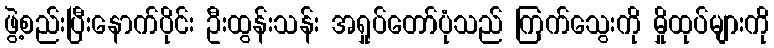
ဖွဲ့စည်းပြီးနောက်ပိုင်း ဦးထွန်းသန်း အရှုပ်တော်ပုံသည် ကြက်သွေးကို မှိုထုပ်များကို